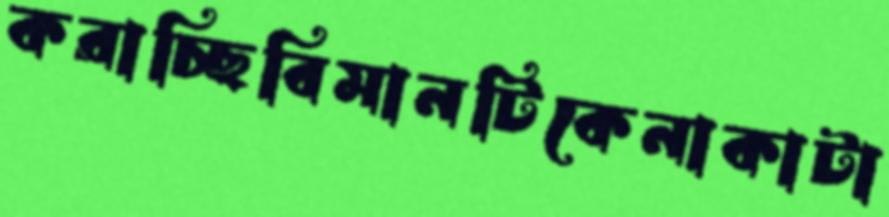
করাচ্ছিবিমানটিকেনাকাটা